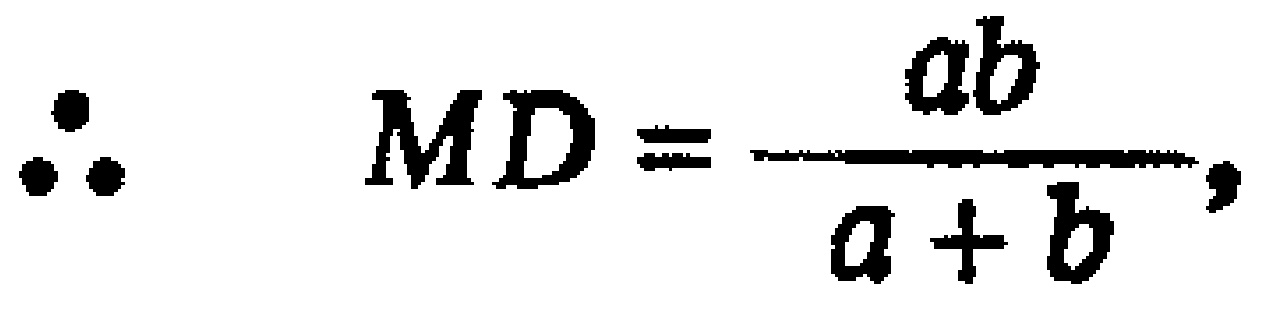
\(\therefore\quad MD=\frac{ab}{a + b},\)